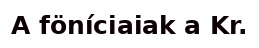
A föníciaiak a Kr.